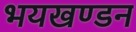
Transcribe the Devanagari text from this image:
भयखण्डन